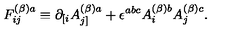
F _ { i j } ^ { ( \beta ) a } \equiv \partial _ { [ i } A _ { j ] } ^ { ( \beta ) a } + \epsilon ^ { a b c } A _ { i } ^ { ( \beta ) b } A _ { j } ^ { ( \beta ) c } .